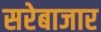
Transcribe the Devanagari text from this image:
सरेबाजार